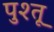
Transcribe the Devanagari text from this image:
पुश्तू